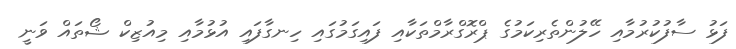
ފަޅު ސާފުކުރުމާއި ހޭލުންތެރިކަމުގެ ޕްރޮގްރާމްތަކާއި ފައިގަމުގައި ހިނގާފައި އުޅުމާއި މިއުޒިކް ޝޯތައް ވަނީ